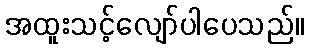
အထူးသင့်လျော်ပါပေသည်။